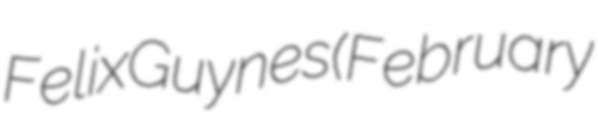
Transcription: Felix Guynes (February